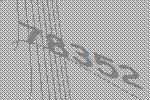
78352